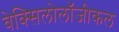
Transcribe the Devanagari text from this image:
वेक्सिलोलॉजीकल